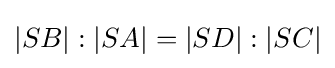
|SB|:|SA|=|SD|:|SC|